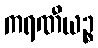
ကရဏီယဉ္စ